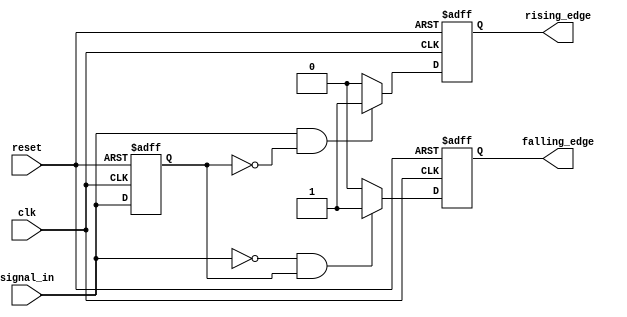
module dual_edge_detector (
    input wire clk,            // Clock signal
    input wire reset,          // Asynchronous reset signal
    input wire signal_in,      // Input signal to detect edges
    output reg rising_edge,    // Output flag for rising edge detection
    output reg falling_edge    // Output flag for falling edge detection
);

    reg signal_in_prev;        // Register to hold the previous state of signal_in

    // Asynchronous reset and edge detection logic
    always @(posedge clk or posedge reset) begin
        if (reset) begin
            signal_in_prev <= 1'b0; // Initialize previous state to 0
            rising_edge <= 1'b0;     // Clear rising edge flag
            falling_edge <= 1'b0;    // Clear falling edge flag
        end else begin
            // Edge detection logic
            rising_edge <= (signal_in == 1'b1 && signal_in_prev == 1'b0) ? 1'b1 : 1'b0;
            falling_edge <= (signal_in == 1'b0 && signal_in_prev == 1'b1) ? 1'b1 : 1'b0;

            // Update previous state
            signal_in_prev <= signal_in;
        end
    end

endmodule